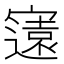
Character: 𭔚